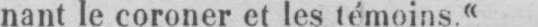
nant le coroner et les témoins.«